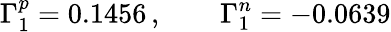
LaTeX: \Gamma_{1}^{p}=0.1456\, ,\quad\quad\Gamma_{1}^{n}=-0.0639